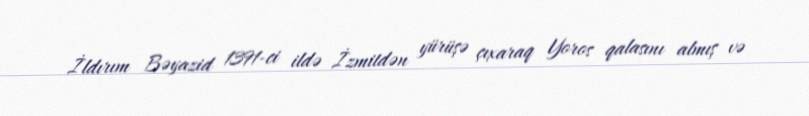
İldırım Bəyazid 1391-ci ildə İzmitdən yürüşə çıxaraq Yoros qalasını almış və